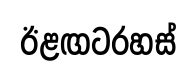
ඊළඟටරහස්